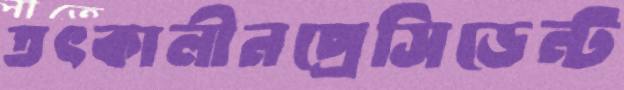
তৎকালীনপ্রেসিডেন্ট